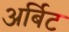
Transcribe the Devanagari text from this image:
अर्बिट